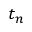
t _ { n }